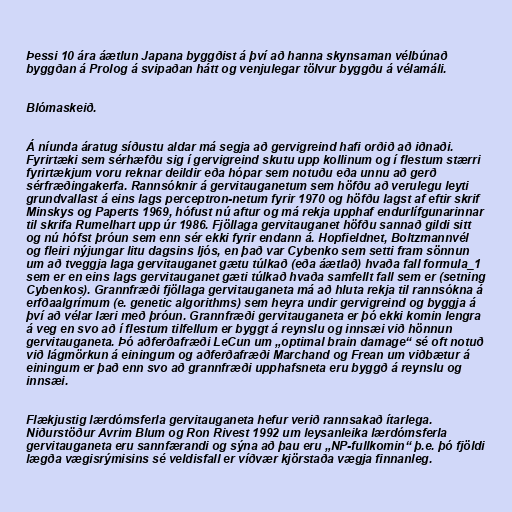
Þessi 10 ára áætlun Japana byggðist á því að hanna skynsaman vélbúnað
byggðan á Prolog á svipaðan hátt og venjulegar tölvur byggðu á vélamáli.

Blómaskeið.

Á níunda áratug síðustu aldar má segja að gervigreind hafi orðið að iðnaði.
Fyrirtæki sem sérhæfðu sig í gervigreind skutu upp kollinum og í flestum stærri
fyrirtækjum voru reknar deildir eða hópar sem notuðu eða unnu að gerð
sérfræðingakerfa. Rannsóknir á gervitauganetum sem höfðu að verulegu leyti
grundvallast á eins lags perceptron-netum fyrir 1970 og höfðu lagst af eftir skrif
Minskys og Paperts 1969, hófust nú aftur og má rekja upphaf endurlífgunarinnar
til skrifa Rumelhart upp úr 1986. Fjöllaga gervitauganet höfðu sannað gildi sitt
og nú hófst þróun sem enn sér ekki fyrir endann á. Hopfieldnet, Boltzmannvél
og fleiri nýjungar litu dagsins ljós, en það var Cybenko sem setti fram sönnun
um að tveggja laga gervitauganet gætu túlkað (eða áætlað) hvaða fall formula_1
sem er en eins lags gervitauganet gæti túlkað hvaða samfellt fall sem er (setning
Cybenkos). Grannfræði fjöllaga gervitauganeta má að hluta rekja til rannsókna á
erfðaalgrímum (e. genetic algorithms) sem heyra undir gervigreind og byggja á
því að vélar læri með þróun. Grannfræði gervitauganeta er þó ekki komin lengra
á veg en svo að í flestum tilfellum er byggt á reynslu og innsæi við hönnun
gervitauganeta. Þó aðferðafræði LeCun um „optimal brain damage“ sé oft notuð
við lágmörkun á einingum og aðferðafræði Marchand og Frean um viðbætur á
einingum er það enn svo að grannfræði upphafsneta eru byggð á reynslu og
innsæi.

Flækjustig lærdómsferla gervitauganeta hefur verið rannsakað ítarlega.
Niðurstöður Avrim Blum og Ron Rivest 1992 um leysanleika lærdómsferla
gervitauganeta eru sannfærandi og sýna að þau eru „NP-fullkomin“ þ.e. þó fjöldi
lægða vægisrýmisins sé veldisfall er víðvær kjörstaða vægja finnanleg.